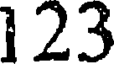
123